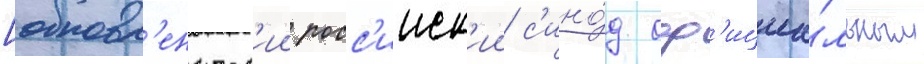
[обновл'енческ'ии росс'ииск'ии с'ино́д оф'ициа́льным